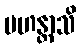
မဟန္တာသိ